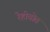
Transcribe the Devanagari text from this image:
रेहोवोत